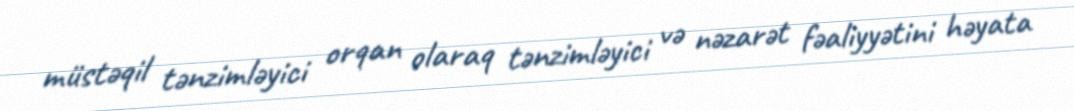
müstəqil tənzimləyici orqan olaraq tənzimləyici və nəzarət fəaliyyətini həyata